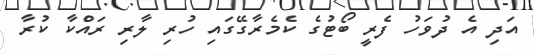
އަދި އެ ދުވަހު ފެރީ ބޯޓުގެ ކެމެރާގޭގައި ހުރި ލާރި ރައްކާ ކުރާ